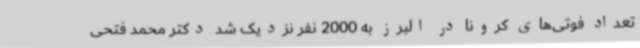
تعداد فوتی‌های کرونا در البرز به 2000 نفر نزدیک شد دکتر محمد فتحی